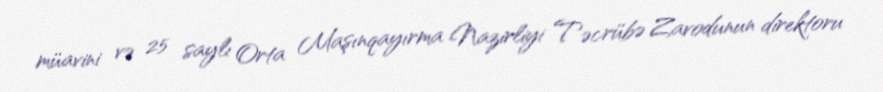
müavini və 25 saylı Orta Maşınqayırma Nazirliyi Təcrübə Zavodunun direktoru